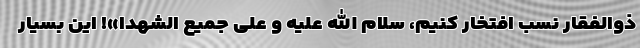
ذوالفقار نسب افتخار کنیم، سلام الله علیه و علی جمیع الشهدا»! این بسیار